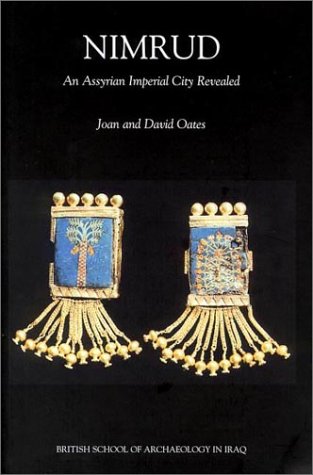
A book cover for Nimrud - An Assyrian Imperial City Revealed; David Oates; History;